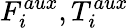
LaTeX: F_{i}^{aux},T_{i}^{aux}